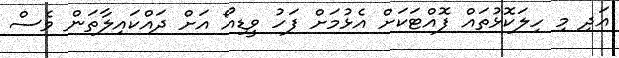
އަދި މި ހިލަކޮޅުތައް ފޮއްޓަކަށް އެޅުމަށް ފަހު ވީޑިއޯ އަށް ދައްކައިލާތަން ވެސް